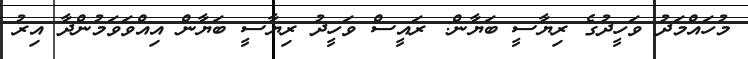
މުހައްމަދު ވަހީދުގެ ރިޔާސީ ބަޔާން: ރައީސް ވަހީދު ރިޔާސީ ބަޔާން އިއްވަވަމުންދާ އިރު